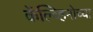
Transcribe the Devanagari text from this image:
कॅल्व्हिनोच्या